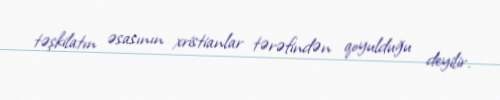
təşkilatın əsasının xristianlar tərəfindən qoyulduğu deyilir.